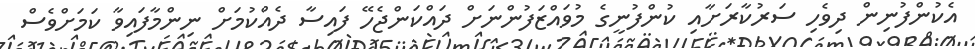
އެކުންފުނިން ދިވެހި ސަރުކާރަށާއި ކުންފުނީގެ މުވައްޒަފުންނަށް ދައްކަންޖެހޭ ފައިސާ ދެއްކުމަށް ނިންމާފައިވާ ކަމަށްވެސް